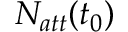
N _ { a t t } ( t _ { 0 } )